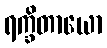
ရက္ခိတာယော